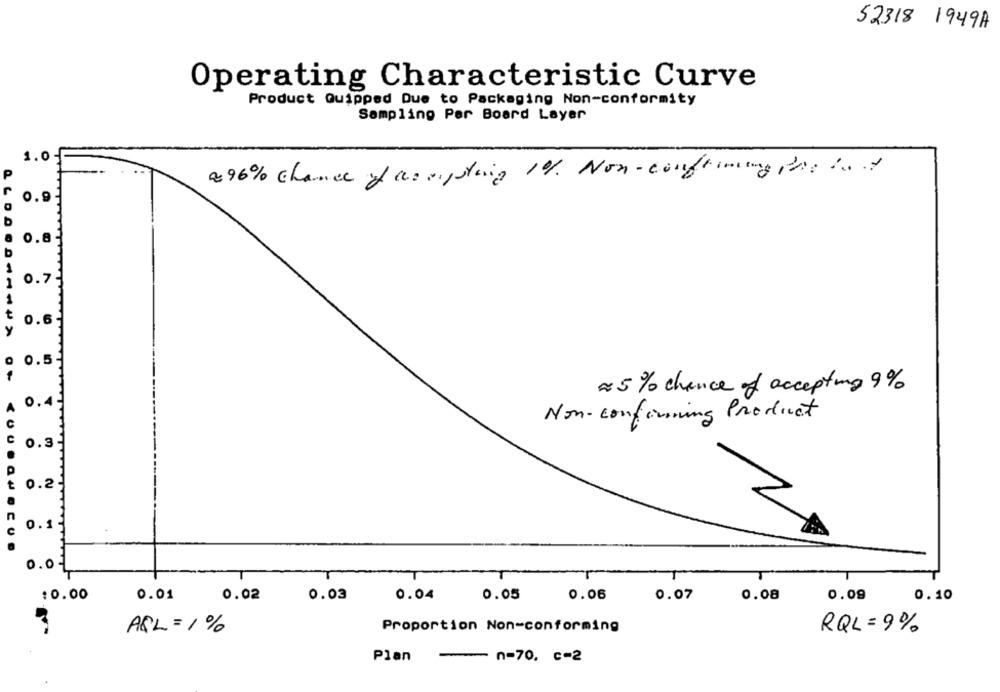
52318 1949A
Operating Characteristic Curve
Product Quipped Due to Packaging Non-conformity
Sampling Per Board Layer
1.0-
P
896% chance of computing 10% Non-confirming the int
r
0.9
b
0.8
D
1
0.7
1
t
0.6
y
0.5
#5 % chance of accepting 9%
0.4
A
Non-confirming Product
C
C
0.3
t
0.2
0.1
U
0.0
:0.00
0.01
0.02
0.03
0.04
0.05
0.06
0.07
0.08
0.09
0.10
A&L =1%
Proportion Non-conforming
RQL = 9%
Plan
- n-70. c-2